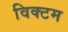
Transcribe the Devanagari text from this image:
विक्टम